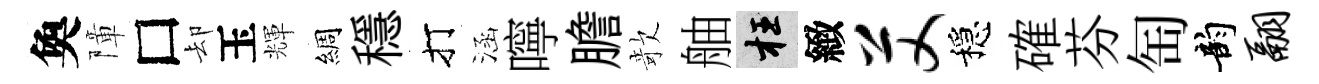
奐障□却玉輝綢穩打涵嚀膽欹舳枉緻艾穩確芬匋韵翮